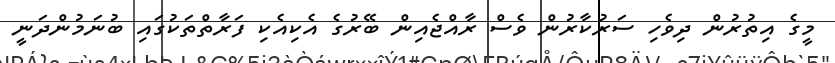
މީގެ އިތުރުން ދިވެހި ސަރުކާރުން ވެސް ރާއްޖެއިން ބޭރުގެ އެކިއެކި ފަރާތްތަކުގައި ބުނަމުންދަނީ